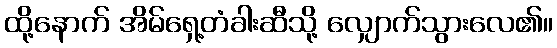
ထို့နောက် အိမ်ရှေ့တံခါးဆီသို့ လျှောက်သွားလေ၏။